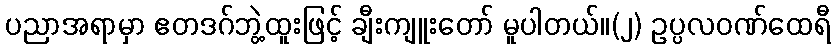
ပညာအရာမှာ ဧတဒဂ်ဘွဲ့ထူးဖြင့် ချီးကျူးတော် မူပါတယ်။(၂) ဥပ္ပလဝဏ်ထေရီ